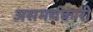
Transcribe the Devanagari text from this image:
असमर्थकारी